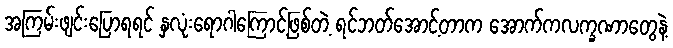
အကြမ်းဖျင်းပြောရရင် နှလုံးရောဂါကြောင့်ဖြစ်တဲ့ ရင်ဘတ်အောင့်တာက အောက်ကလက္ခဏာတွေနဲ့